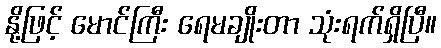
နို့ဖြင့် မောင်ကြီး ရေမချိုးတာ သုံးရက်ရှိပြီ။